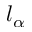
l _ { \alpha }